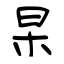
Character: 杲